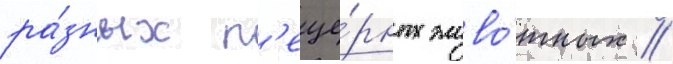
ра́зных п'еще́рных живо́тных //